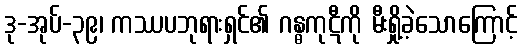
ဒု-အုပ်-၃၉၊ ကဿပဘုရားရှင်၏ ဂန္ဓကုဋီကို မီးရှို့ခဲ့သောကြောင့်